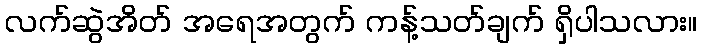
လက်ဆွဲအိတ် အရေအတွက် ကန့်သတ်ချက် ရှိပါသလား။